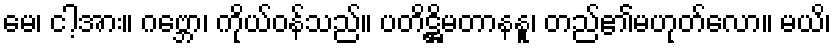
မေ၊ ငါ့အား။ ဂဗ္ဘော၊ ကိုယ်ဝန်သည်။ ပတိဋ္ဌိမတာနနူ၊ တည်၏မဟုတ်လော။ မယိ၊